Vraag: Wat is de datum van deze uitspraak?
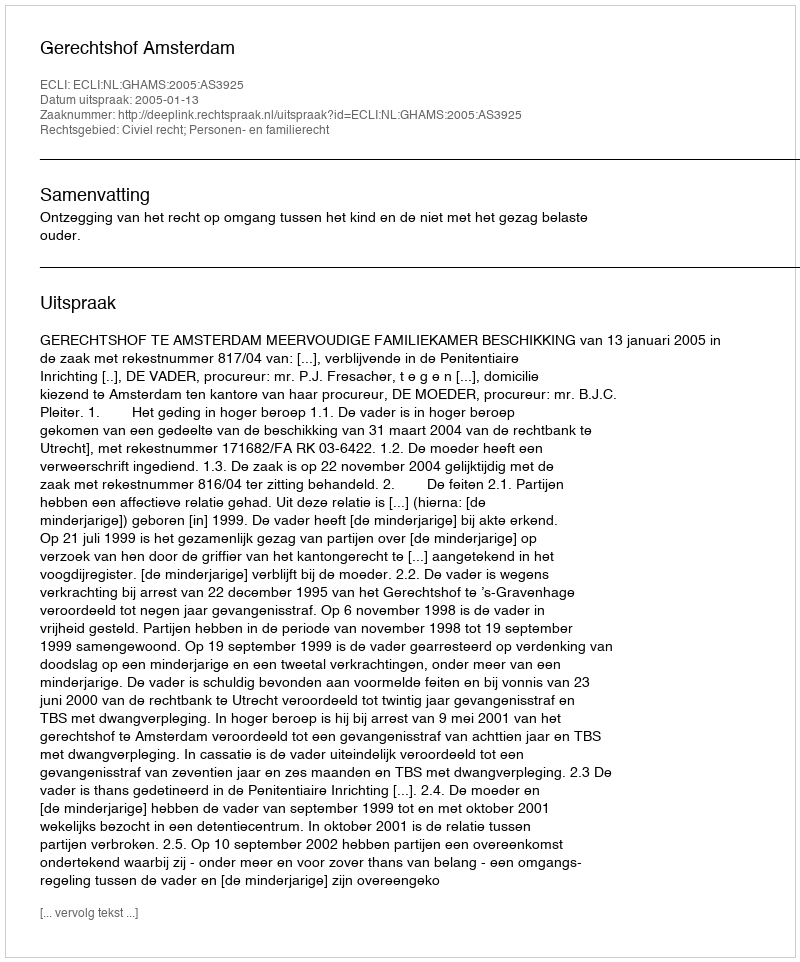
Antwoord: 2005-01-13